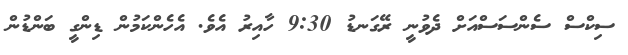
ސިކްސް ސެންސަސްއަށް ދެވުނީ ރޭގަނޑު 9:30 ހާއިރު އެވެ. އެހެންކަމުން ޑިންގީ ބަންޑުން